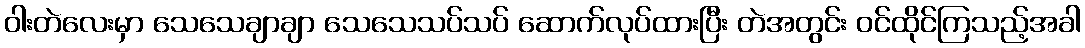
ဝါးတဲလေးမှာ သေသေချာချာ သေသေသပ်သပ် ဆောက်လုပ်ထားပြီး တဲအတွင်း ဝင်ထိုင်ကြသည့်အခါ